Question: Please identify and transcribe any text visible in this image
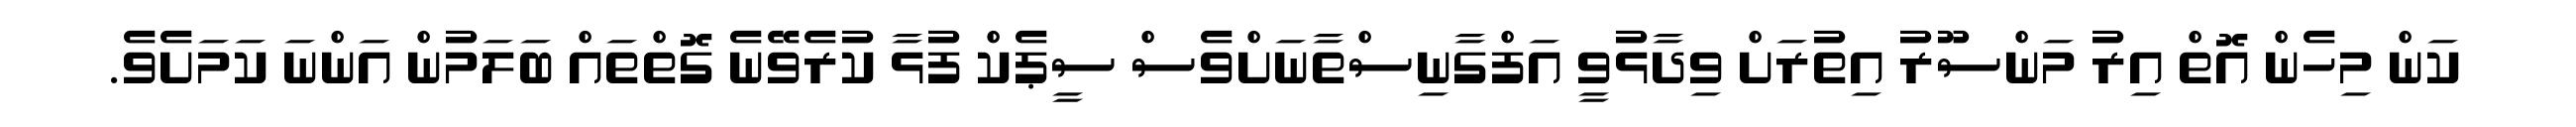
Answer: ކަން މިހެން އޮތް އިރު މަންސޫރު އިތުރަށް ވިދާޅުވީ އަފްގާނިސްތާނަށްވެސް ސީޕެކް ފުޅާ ކުރެވޭނެ ގޮތްތައް ބަލަމުން އަންނަ ކަމަށެވެ.